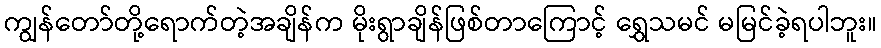
ကျွန်တော်တို့ရောက်တဲ့အချိန်က မိုးရွာချိန်ဖြစ်တာကြောင့် ရွှေသမင် မမြင်ခဲ့ရပါဘူး။